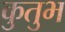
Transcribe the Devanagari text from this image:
कुतुभ